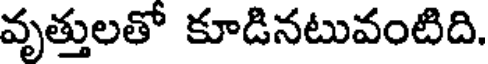
వృత్తులతో కూడినటువంటిది.